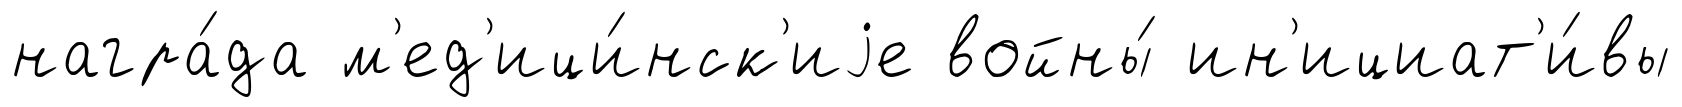
награ́да м'ед'ици́нск'иjе войны́ ин'ициат'и́вы